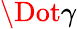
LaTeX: \Dot{\gamma}